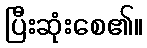
ပြီးဆုံးစေ၏။